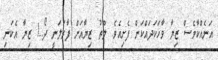
އަނެއްކާވެސް ޒިޔާ ވާހަކަދައްކަން ފެށިއެވެ. ލޫތު ޒިޔާއަށް ފާރަލަނީ ދޯ..! ޒިޔާ އެކަނި